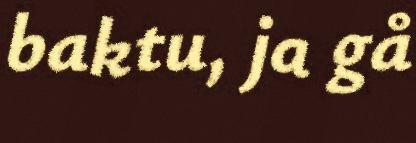
baktu, ja gå